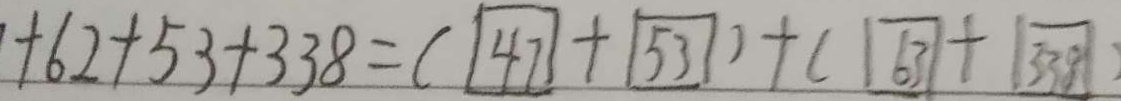
+ 6 2 + 5 3 + 3 3 8 = ( \textcircled { 4 7 } + \textcircled { 5 3 } ) + ( \textcircled { 6 3 } + \textcircled { 3 3 8 } )